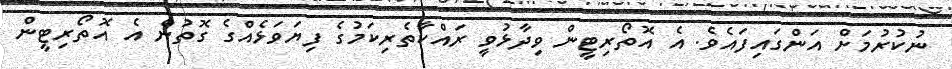
ނުކުރުމަށް އަންގައިފައެވެ. އެ އޮތޯރިޓީން ވިދާޅުވީ ރައްކާތެރިކަމުގެ ފިޔަވަޅެއްގެ ގޮތުން އެ އޮތޯރިޓީން